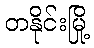
တနိုင်းမြို့